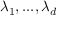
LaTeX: \lambda _ { 1 } , . . . , \lambda _ { d }